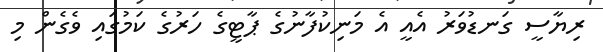
ރިޔާސީ ގަނޑުވަރު އެއީ އެ މަނިކުފާނުގެ ޕާޓީގެ ހަރުގެ ކަމުގައި ވެގެން މި